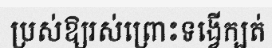
ប្រស់ឱ្យរស់ព្រោះទង្វើក្បត់